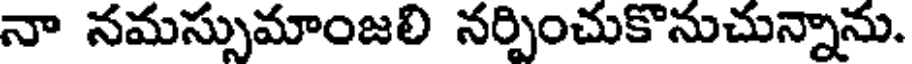
నా నమస్సుమాంజలి నర్పించుకొనుచున్నాను.